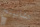
تشانينج